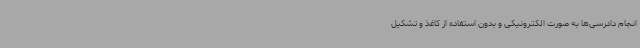
انجام دادرسی‌ها به صورت الکترونیکی و بدون استفاده از کاغذ و تشکیل